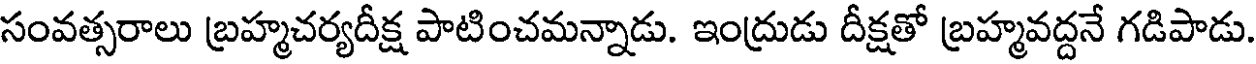
సంవత్సరాలు బ్రహ్మచర్యదీక్ష పాటించమన్నాడు. ఇంద్రుడు దీక్షతో బ్రహ్మవద్దనే గడిపాడు.